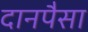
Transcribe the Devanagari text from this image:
दानपैसा